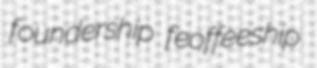
foundership feoffeeship